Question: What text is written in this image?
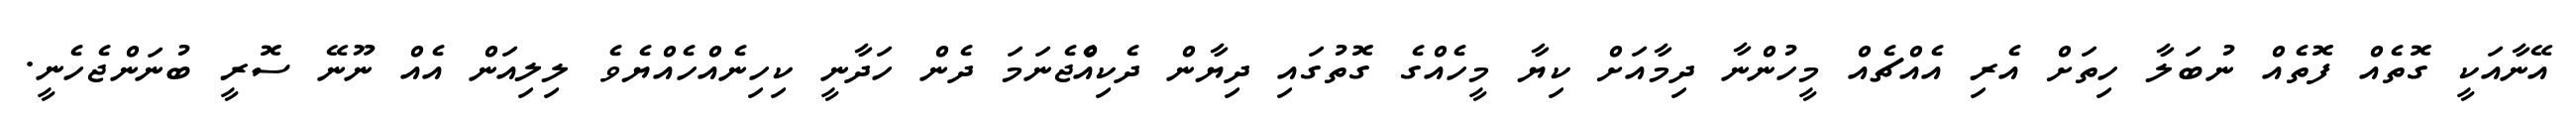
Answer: އޭނާއަކީ ގޮތެއް ފޮތެއް ނުބަލާ ހިތަށް އެރި އެއްޗެއް މީހުންނާ ދިމާއަށް ކިޔާ މީހެއްގެ ގޮތުގައި ދިޔާން ދެކިއްްެޖެނަމަ ދެން ހަދާނީ ކިހިނެއްހެއްޔެވެ ލިލިއަން އެއް ނޫނޭ ސޮރީ ބުނަންޖެހެނީ.